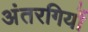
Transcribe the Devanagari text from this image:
अंतरगियों